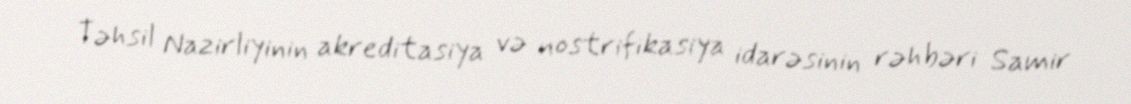
Təhsil Nazirliyinin akreditasiya və nostrifikasiya idarəsinin rəhbəri Samir